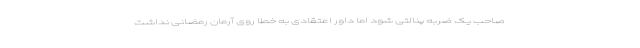
صاحب یک ضربه پنالتی شود اما داور اعتقادی به خطا روی آرمان رمضانی نداشت